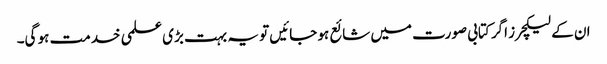
ان کے لیکچرز اگر کتابی صورت میں شائع ہو جائیں تو یہ بہت بڑی علمی خدمت ہو گی۔